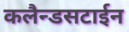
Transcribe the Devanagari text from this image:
कलैन्डसटाईन